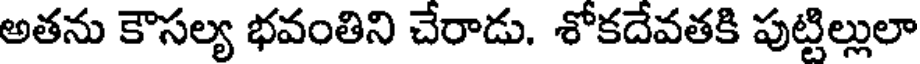
అతను కౌసల్య భవంతిని చేరాడు. శోకదేవతకి పుట్టిల్లులా